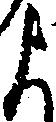
よ